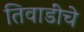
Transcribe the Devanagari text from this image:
तिवाडींचे